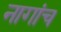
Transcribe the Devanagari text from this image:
नागांच